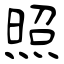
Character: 照